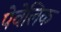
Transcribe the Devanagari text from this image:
पेवेलिक